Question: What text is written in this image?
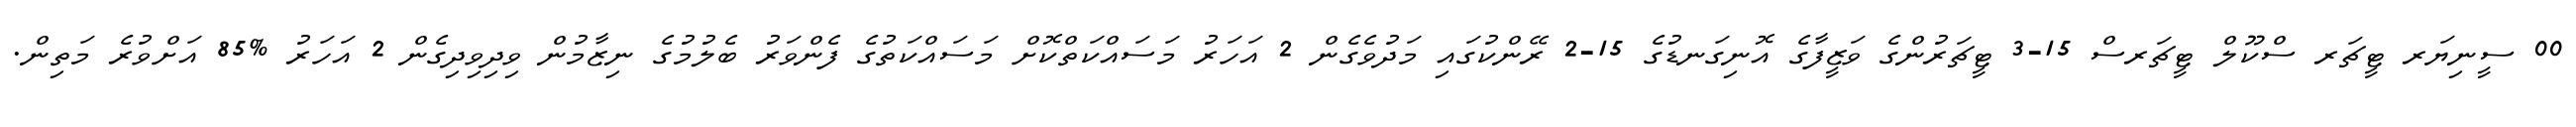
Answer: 00 ސީނިޔަރ ޓީޗަރ ސްކޫލް ޓީޗަރސް 15-3 ޓީޗަރުންގެ ވަޒީފާގެ އޮނިގަނޑުގެ 15-2 ރޭންކުގައި މަދުވެގެން 2 އަހަރު މަސައްކަތްކޮށް މަސައްކަތުގެ ފެންވަރު ބެލުމުގެ ނިޒާމުން ވިދިވިދިގެން 2 އަހަރު %85 އަށްވުރެ މަތިން.